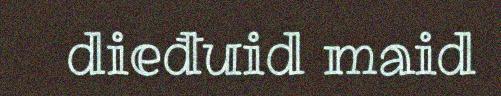
dieđuid maid